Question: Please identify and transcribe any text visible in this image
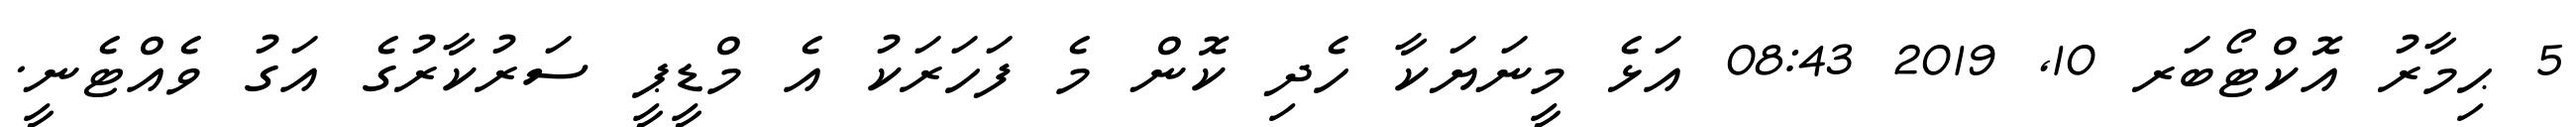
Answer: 5 ޙިމާރު އޮކްޓޯބަރ 10, 2019 08:43 އަޅެ މީނަޔަކާ ހެދި ކޮން މެ ފަހަރަކު އެ މްޑީޕީ ސަރުކާރުގެ އަގު ވެއްޓެނީ.